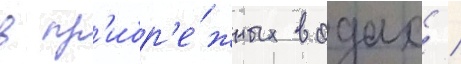
в пр'ибр'е́жных водах /